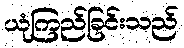
ယုံကြည်ခြင်းသည်